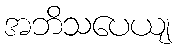
အဘိသပေယျ